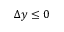
\Delta y \leq 0